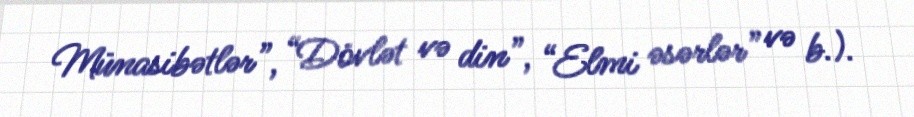
Münasibətlər”, “Dövlət və din”, “Elmi əsərlər” və b.).